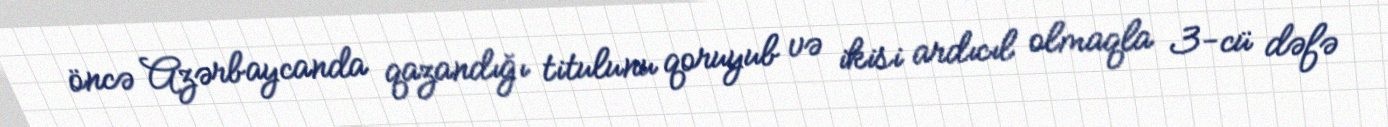
öncə Azərbaycanda qazandığı titulunu qoruyub və ikisi ardıcıl olmaqla 3-cü dəfə